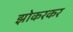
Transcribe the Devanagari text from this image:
झोकरकर